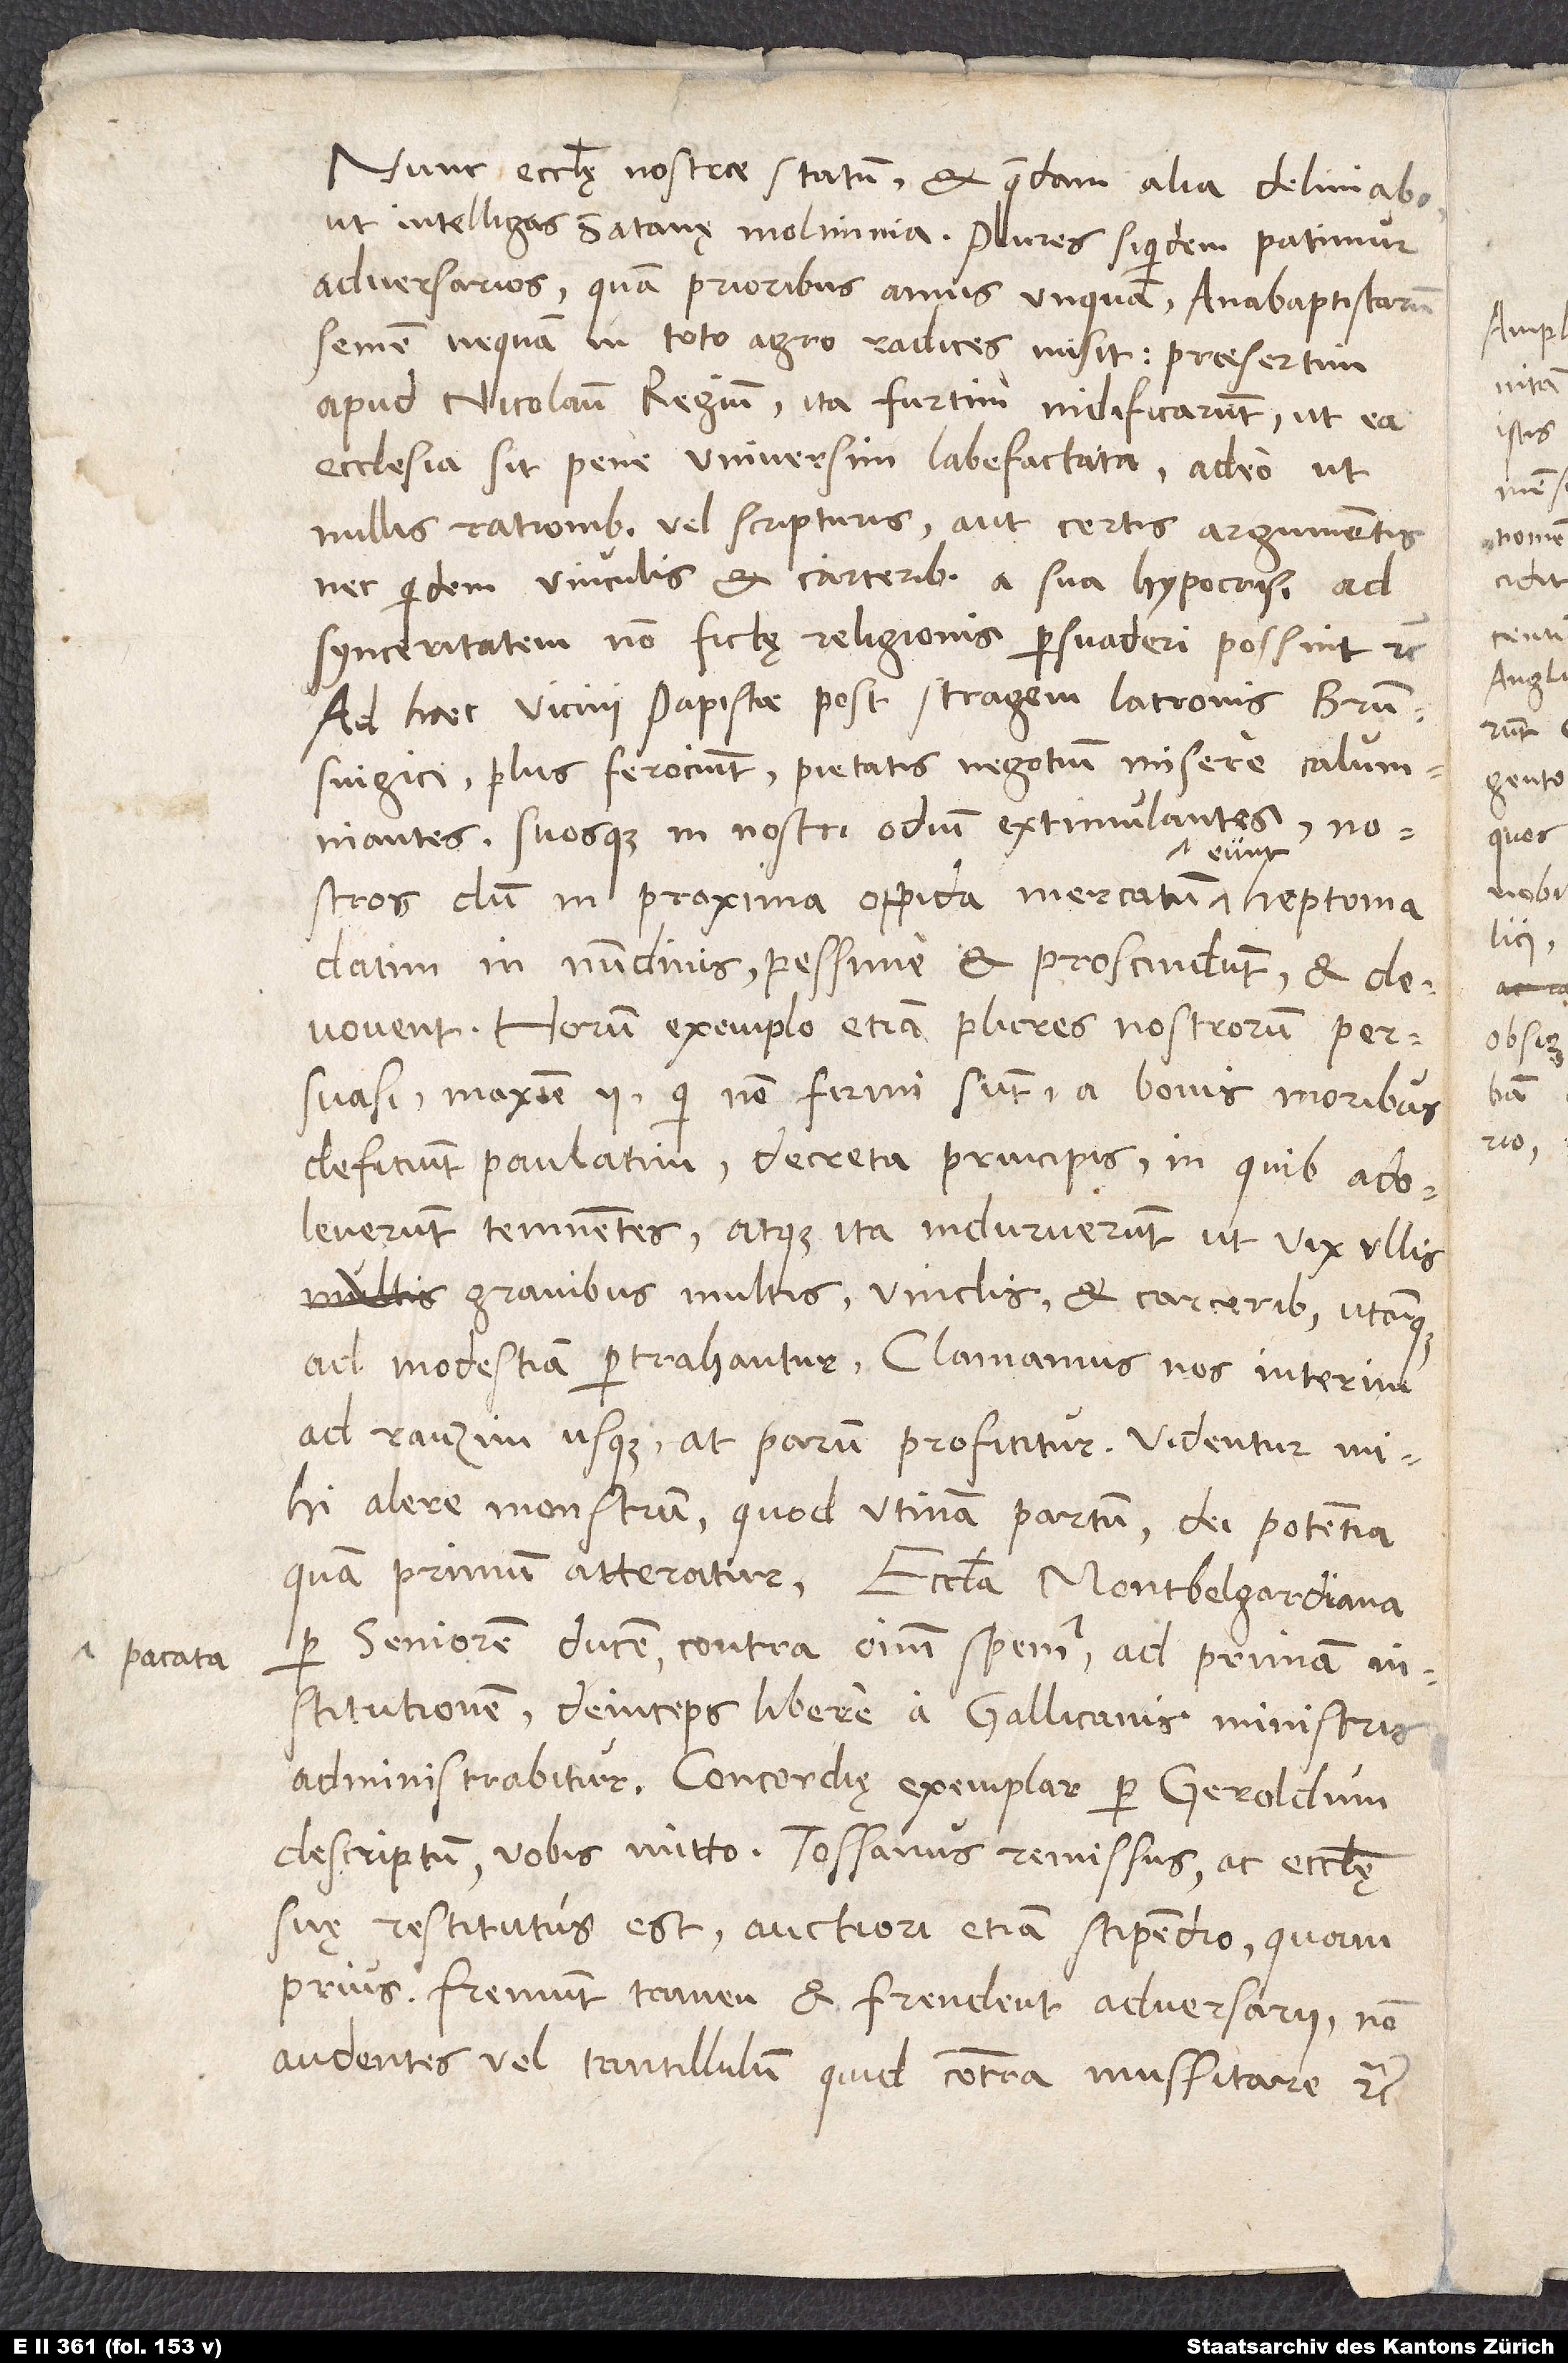
Nunc ecclesię nostrae statum et quaedam alia deliniabo,
ut intelligas satanę molimina. Plures siquidem patimur
adversarios quam prioribus annis unquam. Anabaptistarum
semen nequam in toto agro radices misit, praesertim
apud Nicolaum Regium ita furtim nidificarunt, ut ea
ecclesia sit pene universim labefactata, adeo ut
nullis rationibus vel scripturis aut certis argumentis
nec quidem vinculis et carceribus a sua hypocrisi ad
synceritatem non fictę religionis persuaderi possint, etc.
Ad haec vicini papistae post stragem latronis Brunsvigici
plus ferociunt pietatis negotium misere calumniantes
suosque in nostri odium extimulantes. Nostros,
dum in proxima oppida mercatum eunt heptomadatim
in nundinis, pessime et proscindunt et
devovent. Horum exemplo etiam plures nostrorum persuasi,
maxime ii, qui non firmi sunt, a bonis moribus
deficiunt paulatim, decreta principis, in quibus adoleverunt,
temnentes, atque ita induruerunt, ut vix ullis
gravibus multis, vinclis et carceribus utcunque
ad modestiam pertrahantur. Clamamus nos interim
ad rauzim usque, at parum proficitur. Videntur mihi
alere monstrum, quod utinam partum dei potentia
quam primum atteratur. Ecclesia Montbelgardiana
per seniorem ducem contra omnium spem pacata ad primam
institutionem deinceps libere a Gallicanis ministris
administrabitur. Concordię exemplar per Geroldum
descriptum vobis mitto. Tossanus remissus ac ecclesię
suę restitutus est auctiori etiam stipendio quam
prius. Fremunt tamen et frendent adversarii, non
audentes vel tantillulum quid contra mussitare, etc.